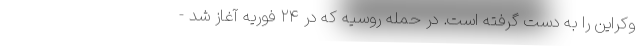
وکراین را به دست گرفته است. در حمله روسیه که در ۲۴ فوریه آغاز شد -